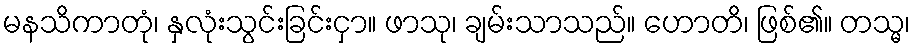
မနသိကာတုံ၊ နှလုံးသွင်းခြင်းငှာ။ ဖာသု၊ ချမ်းသာသည်။ ဟောတိ၊ ဖြစ်၏။ တသ္မ၊